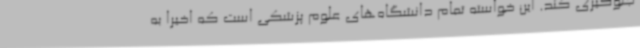
جلوگیری کند. این خواسته تمام دانشگاه‌های علوم پزشکی است که اخیرا به